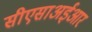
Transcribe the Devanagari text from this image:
सीएसाअईआर